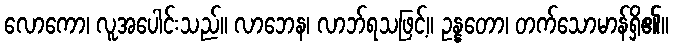
လောကော၊ လူအပေါင်းသည်။ လာဘေန၊ လာဘ်ရသဖြင့်။ ဥန္နတော၊ တက်သောမာန်ရှိ၏။